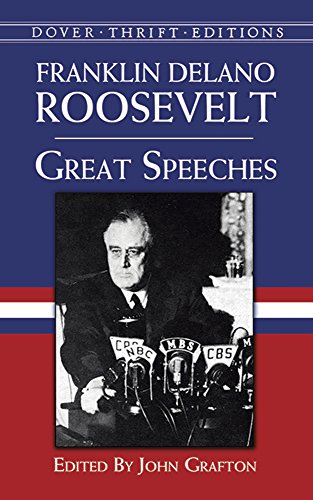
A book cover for Great Speeches (Dover Thrift Editions); Franklin Delano Roosevelt; Literature & Fiction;